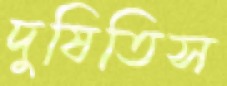
দুষিতিস